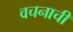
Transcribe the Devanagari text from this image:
वचनाची